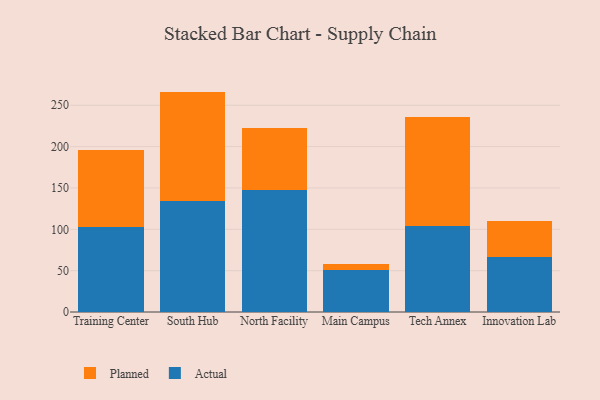
{"axis": {"x": "Campus", "y": "Tickets Resolved"}, "legend": ["Actual", "Planned"], "data": [{"x": "Training Center", "y": 102.6, "type": "Actual"}, {"x": "Training Center", "y": 93.0, "type": "Planned"}, {"x": "South Hub", "y": 134.7, "type": "Actual"}, {"x": "South Hub", "y": 131.8, "type": "Planned"}, {"x": "North Facility", "y": 148.0, "type": "Actual"}, {"x": "North Facility", "y": 74.3, "type": "Planned"}, {"x": "Main Campus", "y": 51.2, "type": "Actual"}, {"x": "Main Campus", "y": 7.3, "type": "Planned"}, {"x": "Tech Annex", "y": 103.4, "type": "Actual"}, {"x": "Tech Annex", "y": 132.7, "type": "Planned"}, {"x": "Innovation Lab", "y": 67.1, "type": "Actual"}, {"x": "Innovation Lab", "y": 42.9, "type": "Planned"}]}